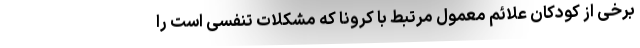
برخی از کودکان علائم معمول مرتبط با کرونا که مشکلات تنفسی است را